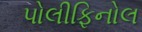
પોલીફિનોલ